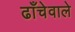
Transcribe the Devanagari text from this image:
ढाँचेवाले